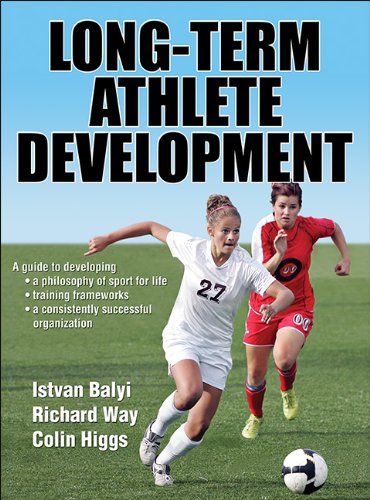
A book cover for Long-Term Athlete Development; Istvan Balyi; Business & Money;